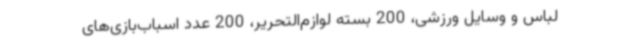
لباس و وسایل ورزشی، 200 بسته لوازم‌التحریر، 200 عدد اسباب‌بازی‌های